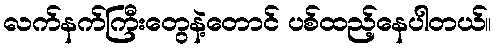
လက်နက်ကြီးတွေနဲ့တောင် ပစ်ထည့်နေပါတယ်။